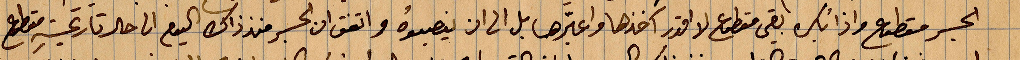
الجسر مقطوع واذا بكره  بقي مقطوع آخذها واعبّرها بل الى ان ينصبوه واتفق ان الجسر منذ ذاك اليوم حتى تاريخه مقطوع